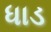
ધાડ